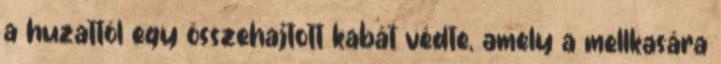
a huzattól egy összehajtott kabát védte, amely a mellkasára